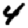
Digit: 4